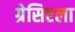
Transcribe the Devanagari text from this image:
ग्रेसिएला